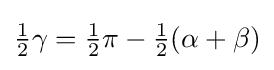
{\tfrac {1}{2}}\gamma ={\tfrac {1}{2}}\pi -{\tfrac {1}{2}}(\alpha +\beta )